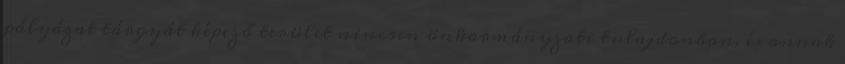
pályázat tárgyát képező terület nincsen önkormányzati tulajdonban, és annak